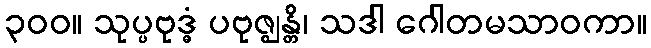
၃၀၀။ သုပ္ပဗုဒ္ဓံ ပဗုဇ္ဈန္တိ၊ သဒါ ဂေါတမသာဝကာ။